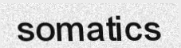
somatics